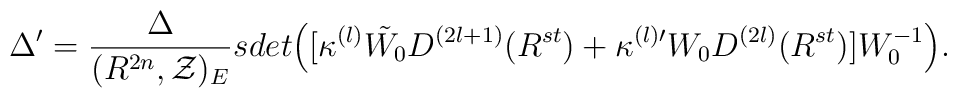
\Delta '=\frac{\Delta}{(R^{2n},{\cal Z})_{E}} sdet\Bigl([\kappa^{(l)}\tilde{W_0}D^{(2l+1)} (R^{st}) +\kappa^{(l) \prime}W_0 D^{(2l)}(R^{st})]W^{-1}_0\Bigr).